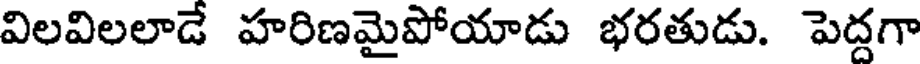
విలవిలలాడే హరిణమైపోయాడు భరతుడు. పెద్దగా